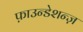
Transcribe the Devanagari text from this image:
फ़ाउन्डेशन्ज़